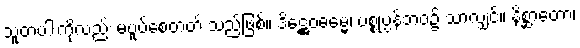
သူတပါးကိုလည်း မပူပ်စေတတ် သည်ဖြစ်။ ဒိဋ္ဌေဝဓမ္မေ၊ ပစ္စုပ္ပန်ဘဝ၌ သာလျှင်။ နိစ္ဆာတော၊